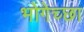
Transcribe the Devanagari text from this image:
भोगेच्छा